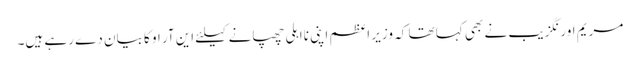
مریم اورنگزیب نے بھی کہا تھا کہ وزیر اعظم اپنی نااہلی چھپانے کیلئے این آر او کا بیان دے رہے ہیں۔